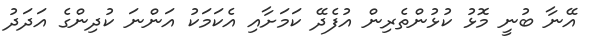
އޭނާ ބުނީ މޮޅު ކުޅުންތެރިން އުފެދޭ ކަމަށާއި އެކަމަކު އަންނަ ކުދިންގެ އަދަދު